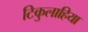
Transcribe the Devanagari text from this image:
टिकुलाहिया